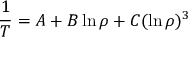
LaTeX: { \frac { 1 } { T } } = A + B \ln \rho + C ( \ln \rho ) ^ { 3 }